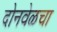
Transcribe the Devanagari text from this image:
दोनवेळचा